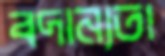
বদান্যতা